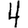
Digit: 4